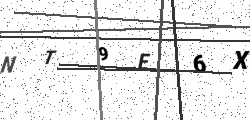
Text: NT9E6X